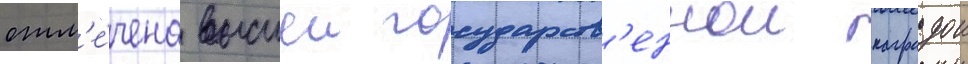
отм'е́чена высшеи государств'еннои наградои